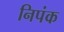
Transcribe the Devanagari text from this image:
निपंक